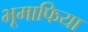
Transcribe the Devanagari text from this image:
भूमाफिया